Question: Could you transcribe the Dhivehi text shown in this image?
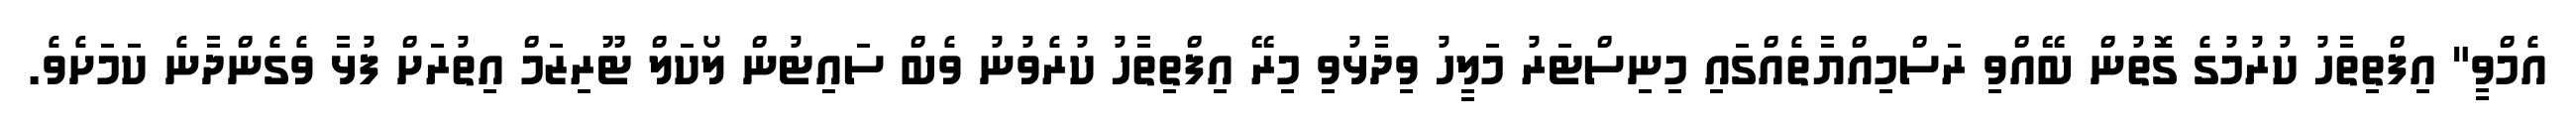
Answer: އެމްވީ" އިފްތިތާހު ކުރުމުގެ ގޮތުން ބޭއްވި ރަސްމިއްޔާތެއްގައި މިނިސްޓަރު މަލީހު ވިދާޅުވި މިރޭ އިފްތިތާހު ކުރެވުނު ވެބް ސައިޓުން ލޯކަލް ޓޫރިޒަމް އިތުރަށް ފުޅާ ވެގެންދާނެ ކަމަށެވެ.